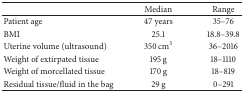
<table><thead><tr><td>[EMPTY_CELL]</td><td><b>Median</b></td><td><b>Range</b></td></tr></thead><tbody><tr><td>Patient age</td><td>47 years</td><td>35–76</td></tr><tr><td>BMI</td><td>25.1</td><td>18.8–39.8</td></tr><tr><td>Uterine volume (ultrasound)</td><td>350 cm<sup>3</sup></td><td>36–2016</td></tr><tr><td>Weight of extirpated tissue</td><td>195 g</td><td>18–1110</td></tr><tr><td>Weight of morcellated tissue</td><td>170 g</td><td>18–819</td></tr><tr><td>Residual tissue/fluid in the bag</td><td>29 g</td><td>0–291</td></tr></tbody></table>